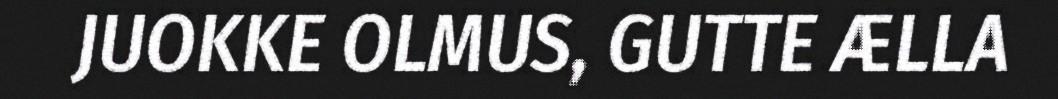
JUOKKE OLMUS, GUTTE ÆLLA